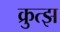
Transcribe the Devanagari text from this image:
क्रुत्झ